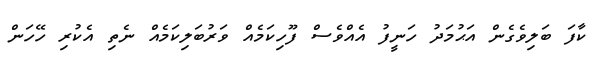
ކާފަ ބަލިވެގެން އަޙުމަދު ހަނީފު އެއްވެސް ފޫހިކަމެއް ވަރުބަލިކަމެއް ނެތި އެކުރި ހޭހަން